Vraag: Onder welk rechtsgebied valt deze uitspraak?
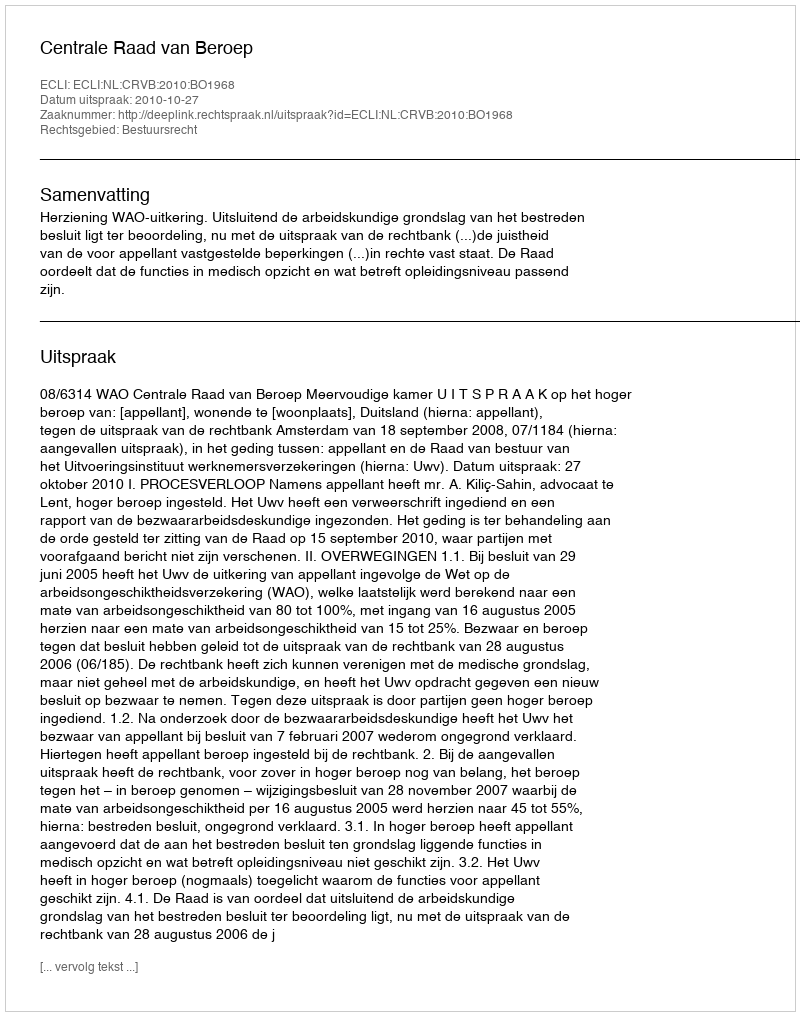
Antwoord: Bestuursrecht